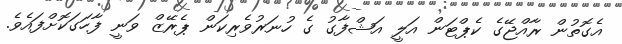
އެގޮތުން ރާއްޖޭގެ ކެޕްޓަން އަލީ އަޝްފާގު ގެ ހުނަރުވެރިކަން ޕެރޭޒް ވަނީ ފާހަގަކޮށްފައެވެ.